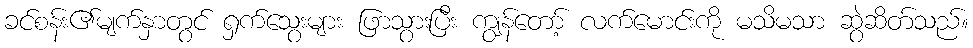
ခင်စန်း၏မျက်နှာတွင် ရှက်သွေးများ ဖြာသွားပြီး ကျွန်တော့် လက်မောင်းကို မသိမသာ ဆွဲဆိတ်သည်။